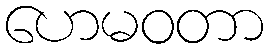
ဟေမဝတာ